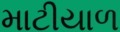
માટીયાળ